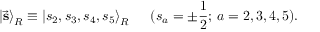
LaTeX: { \vert \vec { \bf s } \rangle } _ { R } \equiv { \vert s _ { 2 } , s _ { 3 } , s _ { 4 } , s _ { 5 } \rangle } _ { R } \, \, \, \, \, \, \, \, \, ( s _ { a } = \pm \frac { 1 } { 2 } ; \, a = 2 , 3 , 4 , 5 ) .